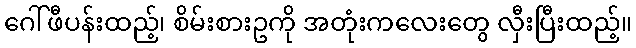
ဂေါ်ဖီပန်းထည့်၊ စိမ်းစားဥကို အတုံးကလေးတွေ လှီးပြီးထည့်။